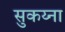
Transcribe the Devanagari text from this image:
सुकय्ना